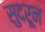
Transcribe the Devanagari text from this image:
सुदरून